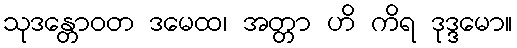
သုဒန္တောဝတ ဒမေထ၊ အတ္တာ ဟိ ကိရ ဒုဒ္ဒမော။